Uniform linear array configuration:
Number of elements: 12
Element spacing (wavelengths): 0.5
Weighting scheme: hann
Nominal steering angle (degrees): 45
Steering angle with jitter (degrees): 45.105
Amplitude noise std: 0.05
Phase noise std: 0.05

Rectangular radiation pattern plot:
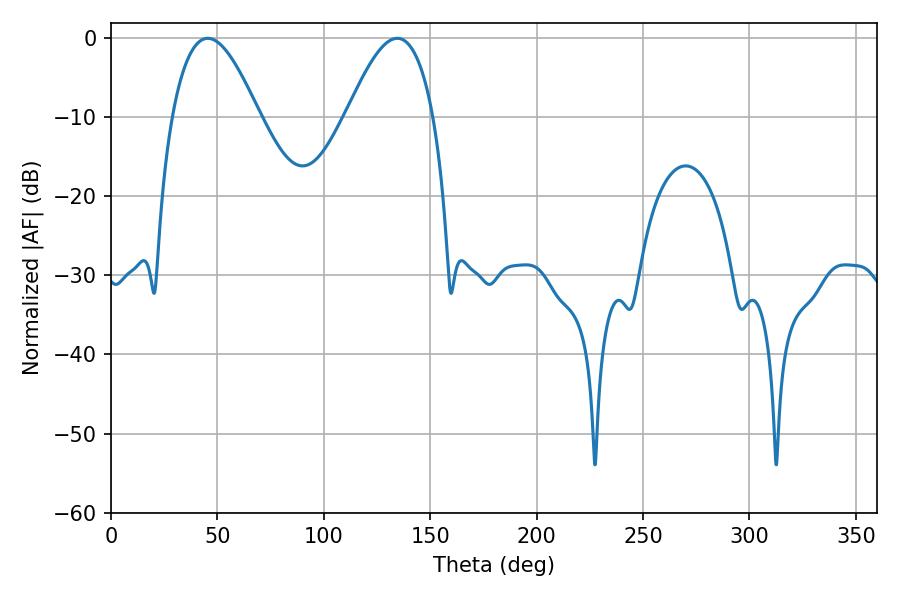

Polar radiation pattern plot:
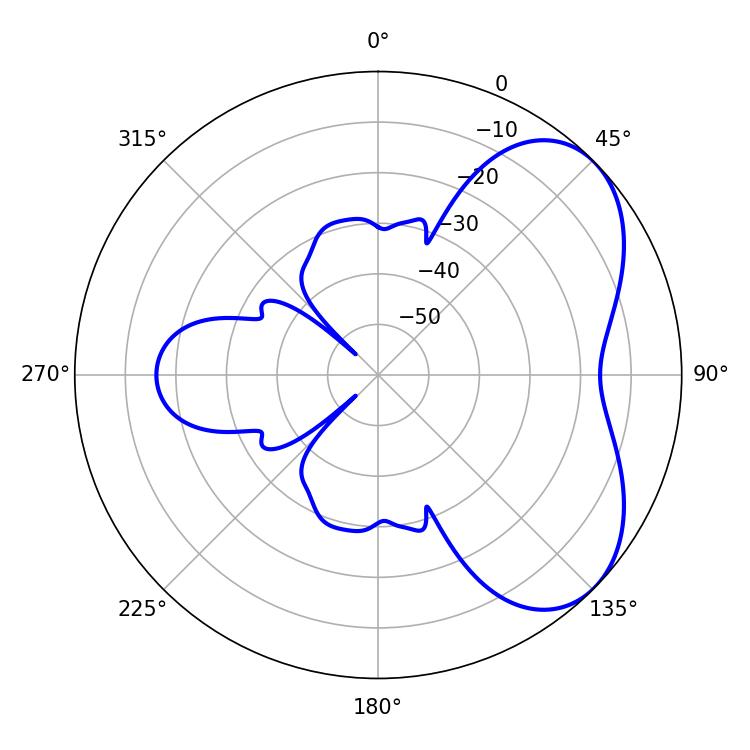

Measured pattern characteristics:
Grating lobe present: FALSE
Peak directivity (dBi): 5.099
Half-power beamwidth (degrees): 22.14
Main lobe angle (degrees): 45.54